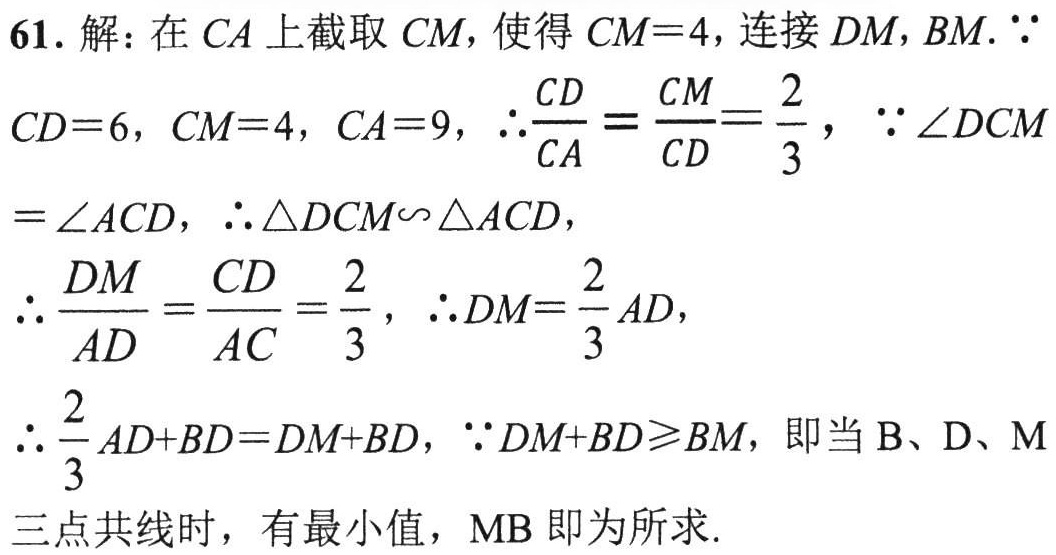
61. 解：在$CA$上截取$CM$，使得$CM = 4$，连接$DM,BM$.$\because$
$CD = 6$，$CM = 4$，$CA = 9$，$\therefore\frac{CD}{CA}=\frac{CM}{CD}=\frac{2}{3}$，$\because\angle DCM$
$=\angle ACD$，$\therefore\triangle DCM\sim\triangle ACD$，
$\therefore\frac{DM}{AD}=\frac{CD}{AC}=\frac{2}{3}$，$\therefore DM=\frac{2}{3}AD$，
$\therefore\frac{2}{3}AD + BD=DM + BD$，$\because DM + BD\geqslant BM$，即当B、D、M
三点共线时，有最小值，MB 即为所求.